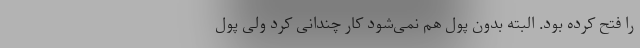
را فتح کرده بود. البته بدون پول هم نمی‌شود کار چندانی کرد ولی پول